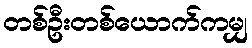
တစ်ဦးတစ်ယောက်ကမျှ